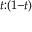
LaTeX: \scriptstyle t : ( 1 - t )